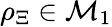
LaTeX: \rho_{\Xi}\in\mathcal{M}_{1}